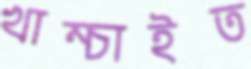
খাম্‌চাইত